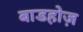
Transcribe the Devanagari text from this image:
बाडहोज़